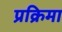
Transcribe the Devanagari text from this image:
प्रक्रिमा